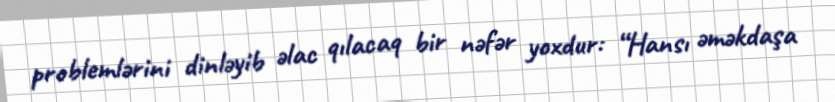
problemlərini dinləyib əlac qılacaq bir nəfər yoxdur: “Hansı əməkdaşa